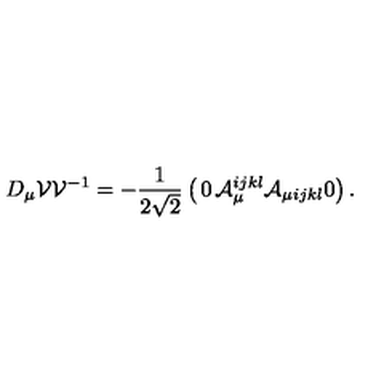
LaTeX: D _ { \mu } { \cal V } { \cal V } ^ { - 1 } = - { \frac { 1 } { 2 \sqrt 2 } } \left( \begin{matrix} { 0 } & { { \cal A } _ { \mu } ^ { i j k l } } \\ { { \cal A } _ { \mu i j k l } } & { 0 } \\ \end{matrix} \right) .